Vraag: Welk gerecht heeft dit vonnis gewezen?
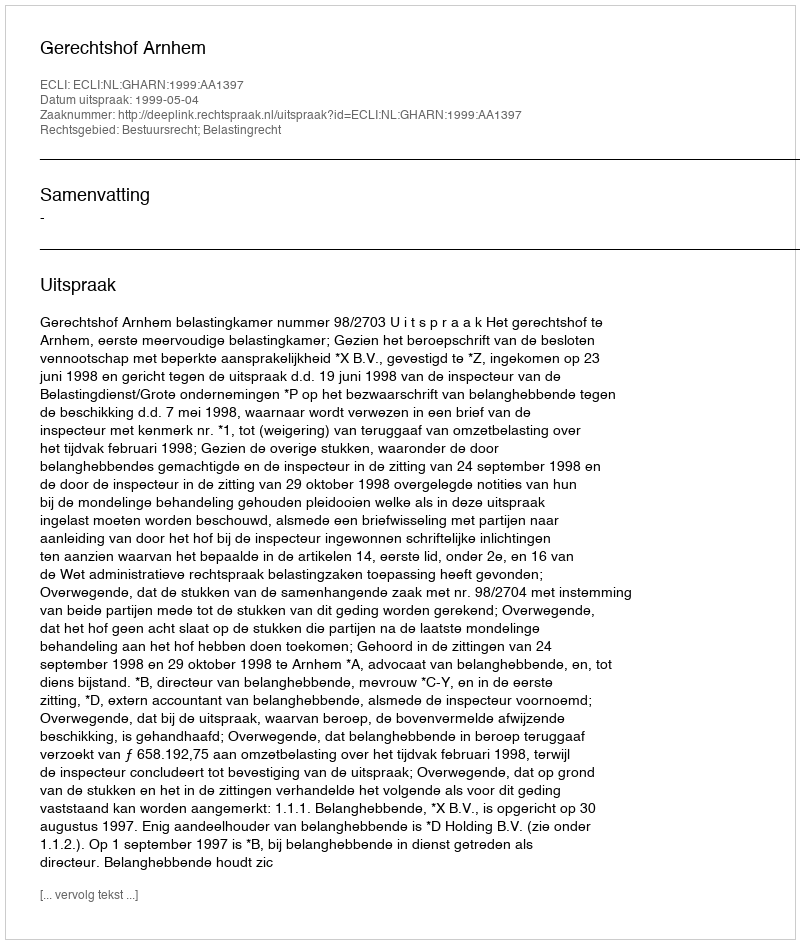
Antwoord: Gerechtshof Arnhem